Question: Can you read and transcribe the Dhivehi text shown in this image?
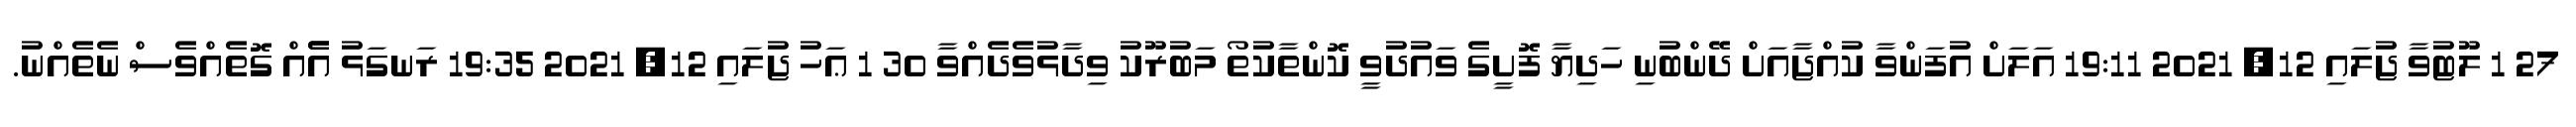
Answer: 27 1 ލޫޓުވާ ޖުލައި 12, 2021 19:11 އަލަށް އުފަންވާ ކުއްޖާއަށް ދޭންބުނި ހަދިޔާ ފޮށީގެ ވައުދުވީ ކޮންތާކުތޯ މަބުރޫކު ވިދާޅުވެދެއްވާ 30 1 ޢަހު ޖުލައި 12, 2021 19:35 ރަނގަޅު އެެއް ގޮތެއްވެސް ނެތެއްނު.